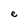
Character: e